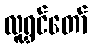
လူရွှင်တော်